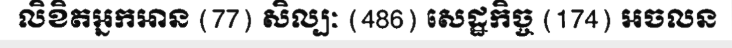
លិខិតអ្នកអាន (77) សិល្បៈ (486) សេដ្ឋកិច្ច (174) អចលន